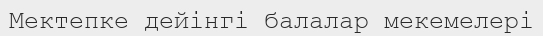
Мектепке дейінгі балалар мекемелері